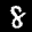
Label: 8